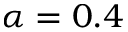
\alpha = 0 . 4